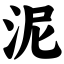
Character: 泥